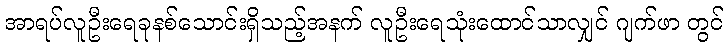
အာရပ်လူဦးရေခုနစ်သောင်းရှိသည့်အနက် လူဦးရေသုံးထောင်သာလျှင် ဂျက်ဖာ တွင်